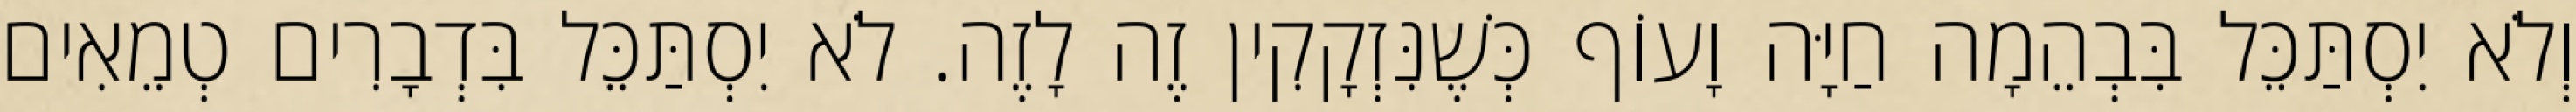
וְלֹא יִסְתַּכֵּל בִּבְהֵמָה חַיָּה וָעוֹף כְּשֶׁנִּזְקָקִין זֶה לָזֶה. לֹא יִסְתַּכֵּל בִּדְבָרִים טְמֵאִים